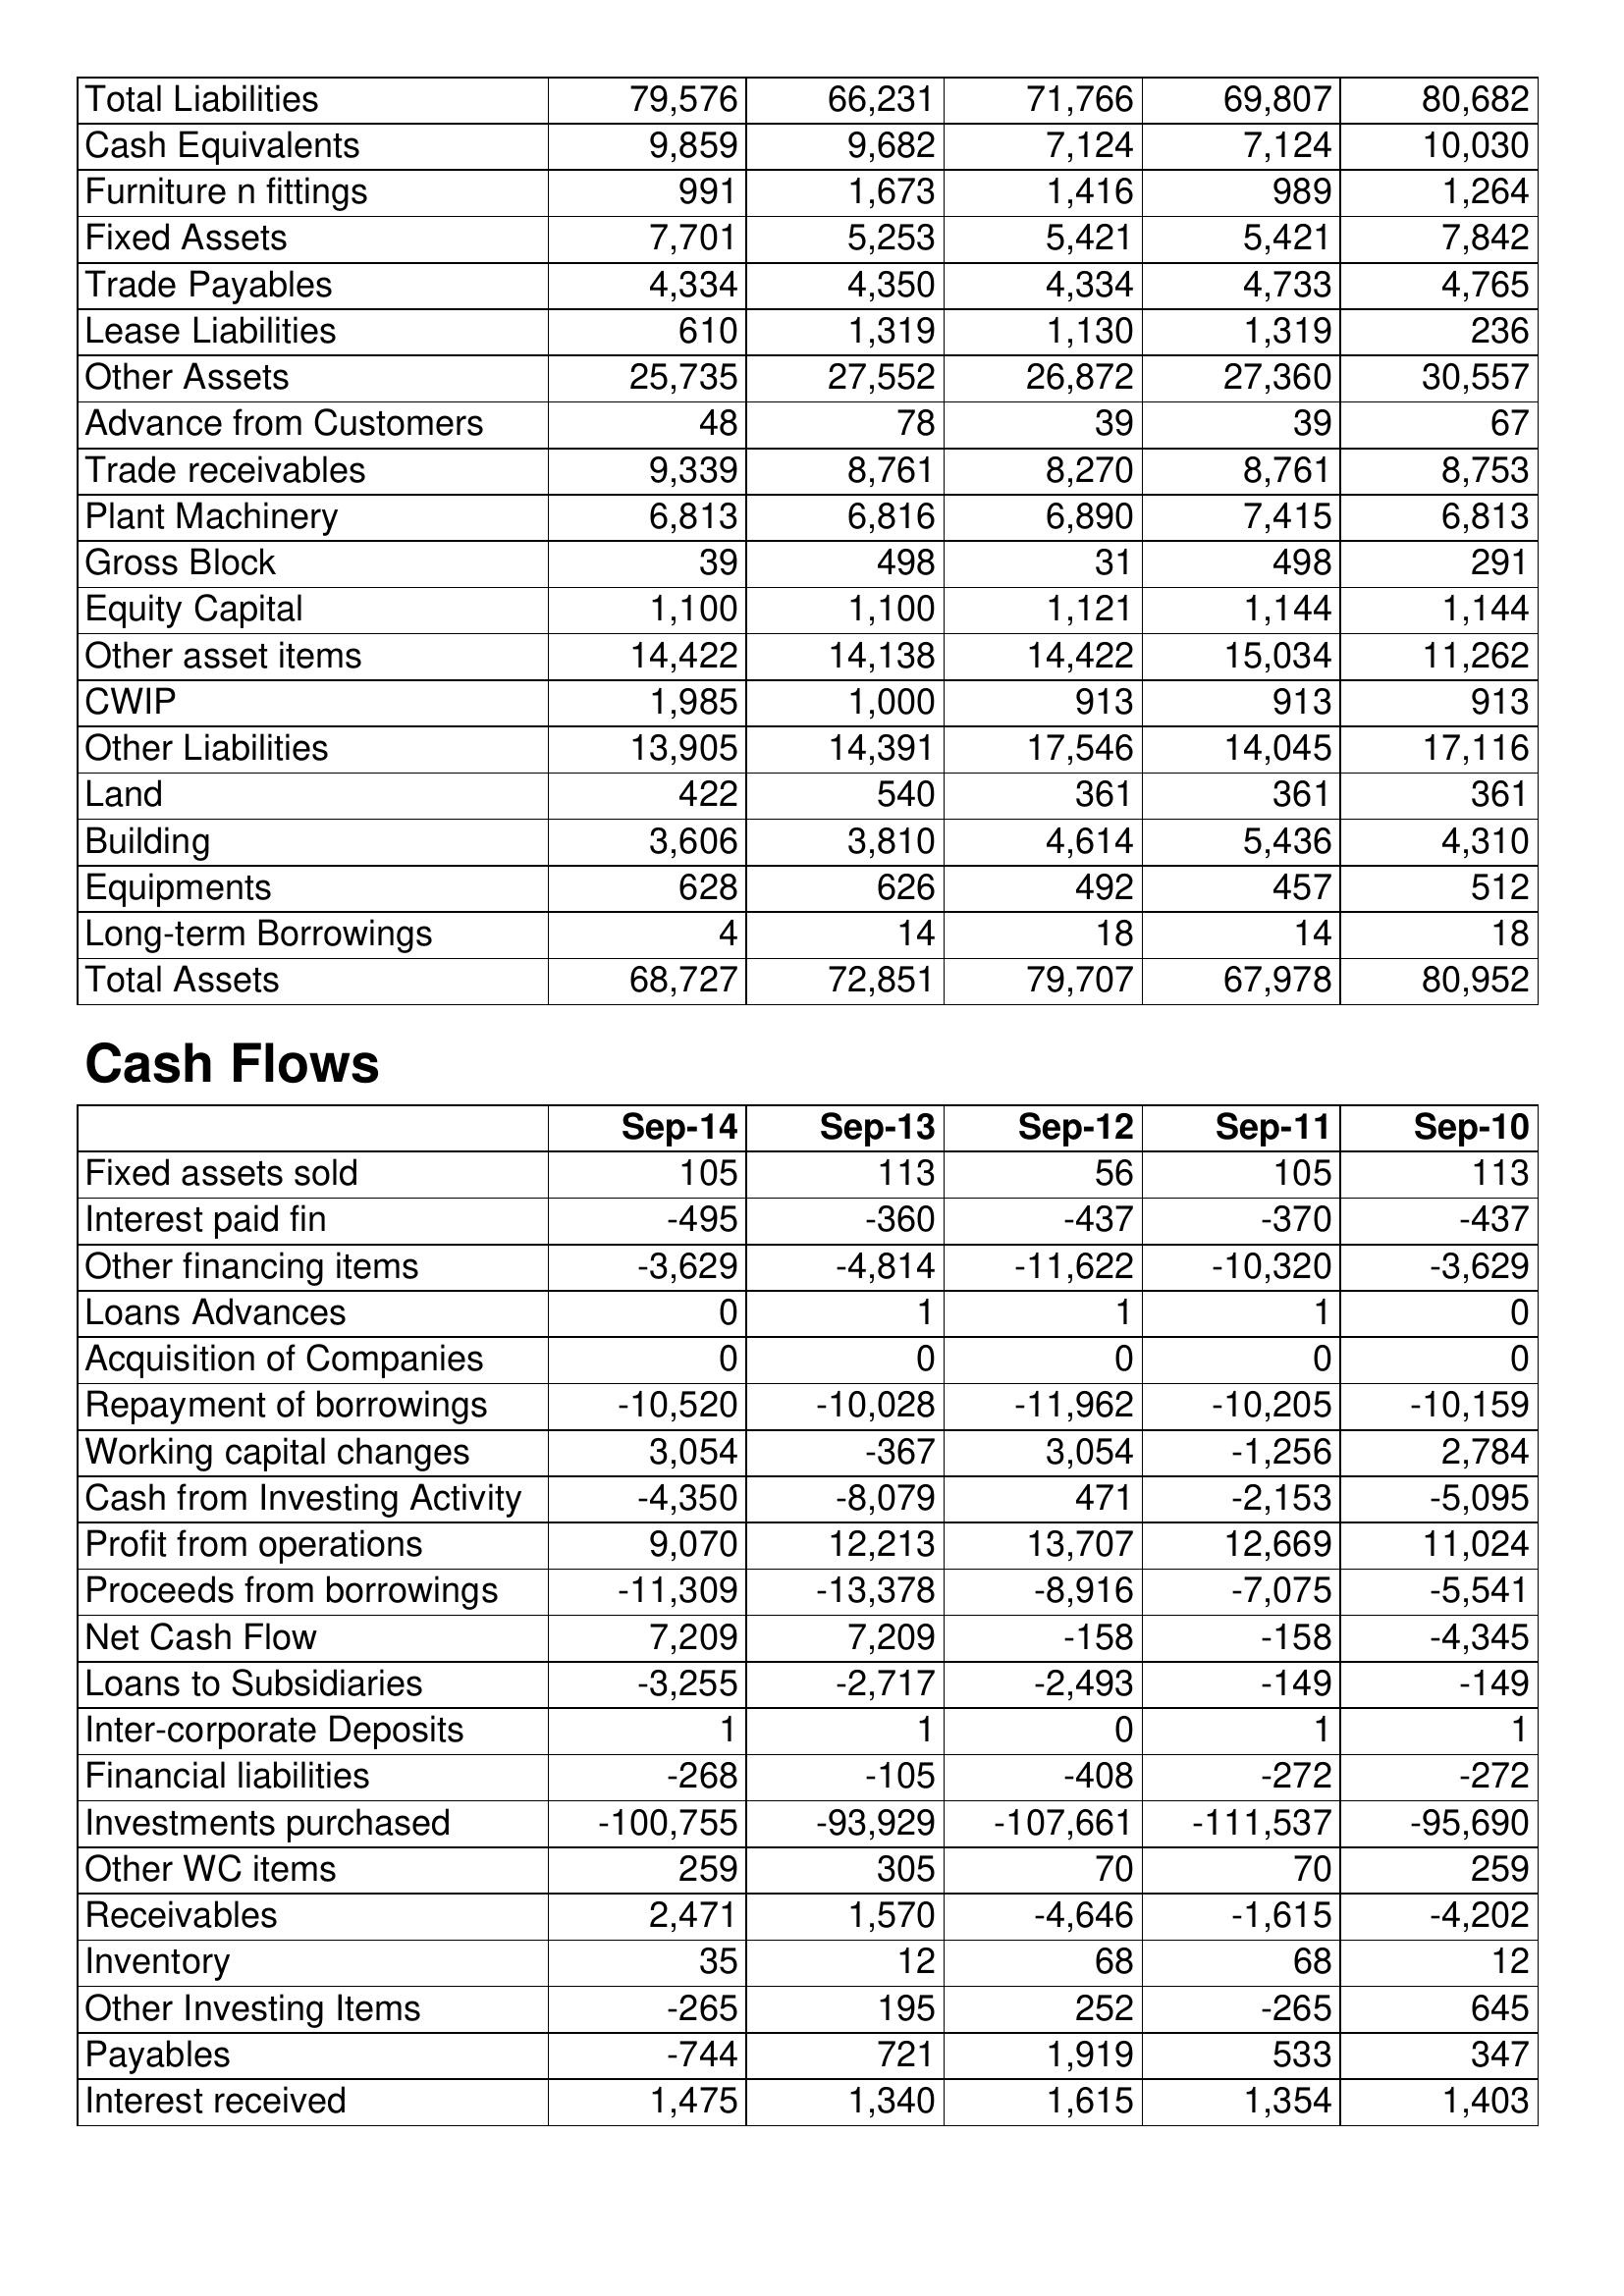
Sep-14: Balance Sheet: Total Liabilities: 79,576
Cash Equivalents: 9,859
Furniture n fittings: 991
Fixed Assets: 7,701
Trade Payables: 4,334
Lease Liabilities: 610
Other Assets: 25,735
Advance from Customers: 48
Trade receivables: 9,339
Plant Machinery: 6,813
Gross Block: 39
Equity Capital: 1,100
Other asset items: 14,422
CWIP: 1,985
Other Liabilities: 13,905
Land: 422
Building: 3,606
Equipments: 628
Long-term Borrowings: 4
Total Assets: 68,727
Cash Flows: Fixed assets sold: 105
Interest paid fin: -495
Other financing items: -3,629
Loans Advances: 0
Acquisition of Companies: 0
Repayment of borrowings: -10,520
Working capital changes: 3,054
Cash from Investing Activity: -4,350
Profit from operations: 9,070
Proceeds from borrowings: -11,309
Net Cash Flow: 7,209
Loans to Subsidiaries: -3,255
Inter-corporate Deposits: 1
Financial liabilities: -268
Investments purchased: -100,755
Other WC items: 259
Receivables: 2,471
Inventory: 35
Other Investing Items: -265
Payables: -744
Interest received: 1,475
Sep-13: Balance Sheet: Total Liabilities: 66,231
Cash Equivalents: 9,682
Furniture n fittings: 1,673
Fixed Assets: 5,253
Trade Payables: 4,350
Lease Liabilities: 1,319
Other Assets: 27,552
Advance from Customers: 78
Trade receivables: 8,761
Plant Machinery: 6,816
Gross Block: 498
Equity Capital: 1,100
Other asset items: 14,138
CWIP: 1,000
Other Liabilities: 14,391
Land: 540
Building: 3,810
Equipments: 626
Long-term Borrowings: 14
Total Assets: 72,851
Cash Flows: Fixed assets sold: 113
Interest paid fin: -360
Other financing items: -4,814
Loans Advances: 1
Acquisition of Companies: 0
Repayment of borrowings: -10,028
Working capital changes: -367
Cash from Investing Activity: -8,079
Profit from operations: 12,213
Proceeds from borrowings: -13,378
Net Cash Flow: 7,209
Loans to Subsidiaries: -2,717
Inter-corporate Deposits: 1
Financial liabilities: -105
Investments purchased: -93,929
Other WC items: 305
Receivables: 1,570
Inventory: 12
Other Investing Items: 195
Payables: 721
Interest received: 1,340
Sep-12: Balance Sheet: Total Liabilities: 71,766
Cash Equivalents: 7,124
Furniture n fittings: 1,416
Fixed Assets: 5,421
Trade Payables: 4,334
Lease Liabilities: 1,130
Other Assets: 26,872
Advance from Customers: 39
Trade receivables: 8,270
Plant Machinery: 6,890
Gross Block: 31
Equity Capital: 1,121
Other asset items: 14,422
CWIP: 913
Other Liabilities: 17,546
Land: 361
Building: 4,614
Equipments: 492
Long-term Borrowings: 18
Total Assets: 79,707
Cash Flows: Fixed assets sold: 56
Interest paid fin: -437
Other financing items: -11,622
Loans Advances: 1
Acquisition of Companies: 0
Repayment of borrowings: -11,962
Working capital changes: 3,054
Cash from Investing Activity: 471
Profit from operations: 13,707
Proceeds from borrowings: -8,916
Net Cash Flow: -158
Loans to Subsidiaries: -2,493
Inter-corporate Deposits: 0
Financial liabilities: -408
Investments purchased: -107,661
Other WC items: 70
Receivables: -4,646
Inventory: 68
Other Investing Items: 252
Payables: 1,919
Interest received: 1,615
Sep-11: Balance Sheet: Total Liabilities: 69,807
Cash Equivalents: 7,124
Furniture n fittings: 989
Fixed Assets: 5,421
Trade Payables: 4,733
Lease Liabilities: 1,319
Other Assets: 27,360
Advance from Customers: 39
Trade receivables: 8,761
Plant Machinery: 7,415
Gross Block: 498
Equity Capital: 1,144
Other asset items: 15,034
CWIP: 913
Other Liabilities: 14,045
Land: 361
Building: 5,436
Equipments: 457
Long-term Borrowings: 14
Total Assets: 67,978
Cash Flows: Fixed assets sold: 105
Interest paid fin: -370
Other financing items: -10,320
Loans Advances: 1
Acquisition of Companies: 0
Repayment of borrowings: -10,205
Working capital changes: -1,256
Cash from Investing Activity: -2,153
Profit from operations: 12,669
Proceeds from borrowings: -7,075
Net Cash Flow: -158
Loans to Subsidiaries: -149
Inter-corporate Deposits: 1
Financial liabilities: -272
Investments purchased: -111,537
Other WC items: 70
Receivables: -1,615
Inventory: 68
Other Investing Items: -265
Payables: 533
Interest received: 1,354
Sep-10: Balance Sheet: Total Liabilities: 80,682
Cash Equivalents: 10,030
Furniture n fittings: 1,264
Fixed Assets: 7,842
Trade Payables: 4,765
Lease Liabilities: 236
Other Assets: 30,557
Advance from Customers: 67
Trade receivables: 8,753
Plant Machinery: 6,813
Gross Block: 291
Equity Capital: 1,144
Other asset items: 11,262
CWIP: 913
Other Liabilities: 17,116
Land: 361
Building: 4,310
Equipments: 512
Long-term Borrowings: 18
Total Assets: 80,952
Cash Flows: Fixed assets sold: 113
Interest paid fin: -437
Other financing items: -3,629
Loans Advances: 0
Acquisition of Companies: 0
Repayment of borrowings: -10,159
Working capital changes: 2,784
Cash from Investing Activity: -5,095
Profit from operations: 11,024
Proceeds from borrowings: -5,541
Net Cash Flow: -4,345
Loans to Subsidiaries: -149
Inter-corporate Deposits: 1
Financial liabilities: -272
Investments purchased: -95,690
Other WC items: 259
Receivables: -4,202
Inventory: 12
Other Investing Items: 645
Payables: 347
Interest received: 1,403